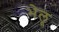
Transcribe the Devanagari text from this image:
भेलू